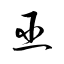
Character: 巫